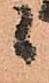
候